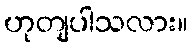
ဟုတျပါသလား။